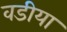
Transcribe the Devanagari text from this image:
वडीया